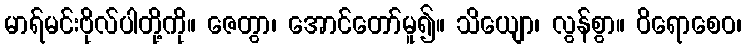
မာရ်မင်းဗိုလ်ပါတို့ကို။ ဇေတွာ၊ အောင်တော်မူ၍။ သိယျော၊ လွန်စွာ။ ဝိရောစေဝ၊